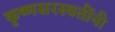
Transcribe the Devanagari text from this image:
कृष्णसरस्वतींनी